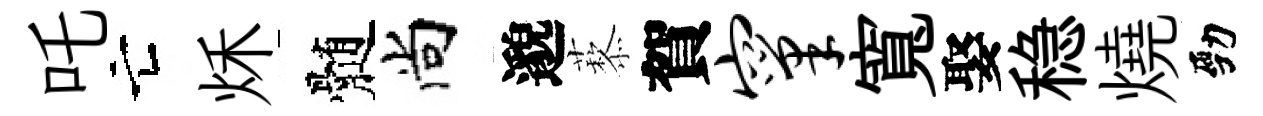
吒亡秌髄尚邈藜賀窠寬娶稳燒勁